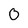
Character: 0